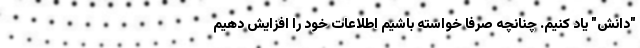
"دانش" یاد کنیم. چنانچه صرفا خواسته باشیم اطلاعات خود را افزایش دهیم